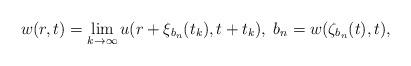
LaTeX: \begin{align*}w(r,t)=\lim_{k\to\infty}u(r+\xi_{b_n}(t_k), t+t_k),\; b_n=w(\zeta_{b_n}(t),t),\end{align*}